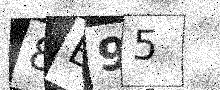
Text: 8B95